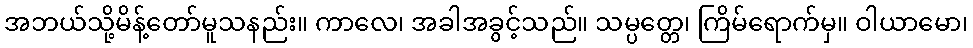
အဘယ်သို့မိန့်တော်မူသနည်း။ ကာလေ၊ အခါအခွင့်သည်။ သမ္ပတ္တေ၊ ကြိမ်ရောက်မှ။ ဝါယာမော၊